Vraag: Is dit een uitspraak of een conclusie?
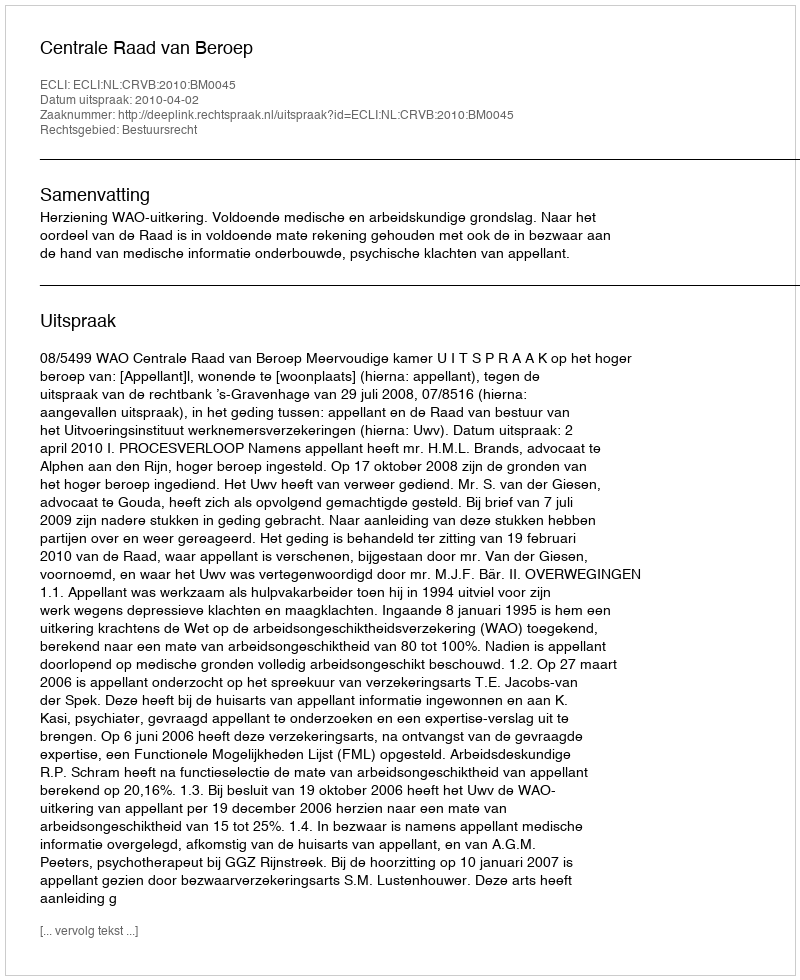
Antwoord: Uitspraak